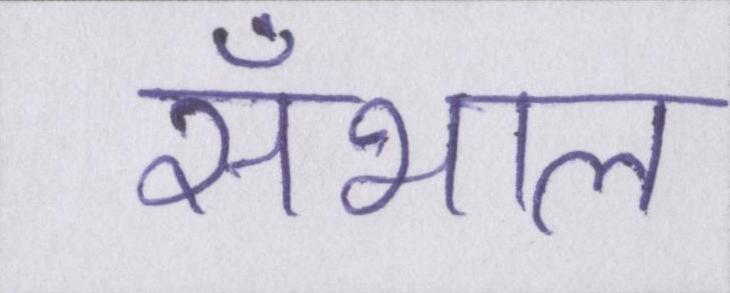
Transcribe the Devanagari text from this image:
सँभाल